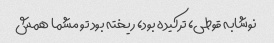
نوشابه قوطی، ترکیده بود، ریخته بود تو مشما همش